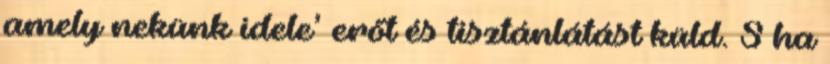
amely nekünk idele’ erőt és tisztánlátást küld. S ha